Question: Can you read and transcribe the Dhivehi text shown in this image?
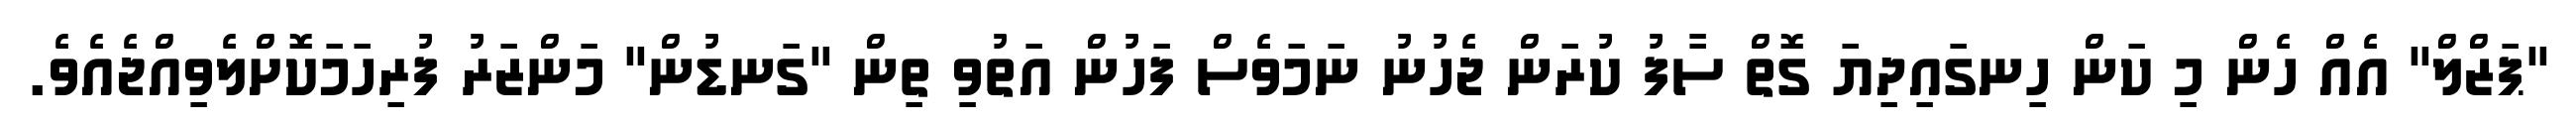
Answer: "ޕަޒްލް" އެއް ހެން މި ކަން ހިނގައިދިޔަ ގޮތް ސާފު ކުރަން ޖެހުނު ނަމަވެސް ފަހުން އަތުވި ތިން "ގަނޑުން" މަންޒަރު ފުރިހަމަކޮށްލެވިއްޖެއެވެ.